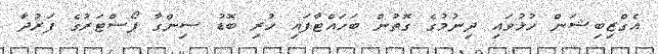
އެގްޒިބިޝަން ހުޅުވައި ދިނުމުގެ ގޮތުން ބަހައްޓާފައި ހުރި ބޮޑު ސިންގާ ޕޯސްޓަރުގެ ފަރުދާ